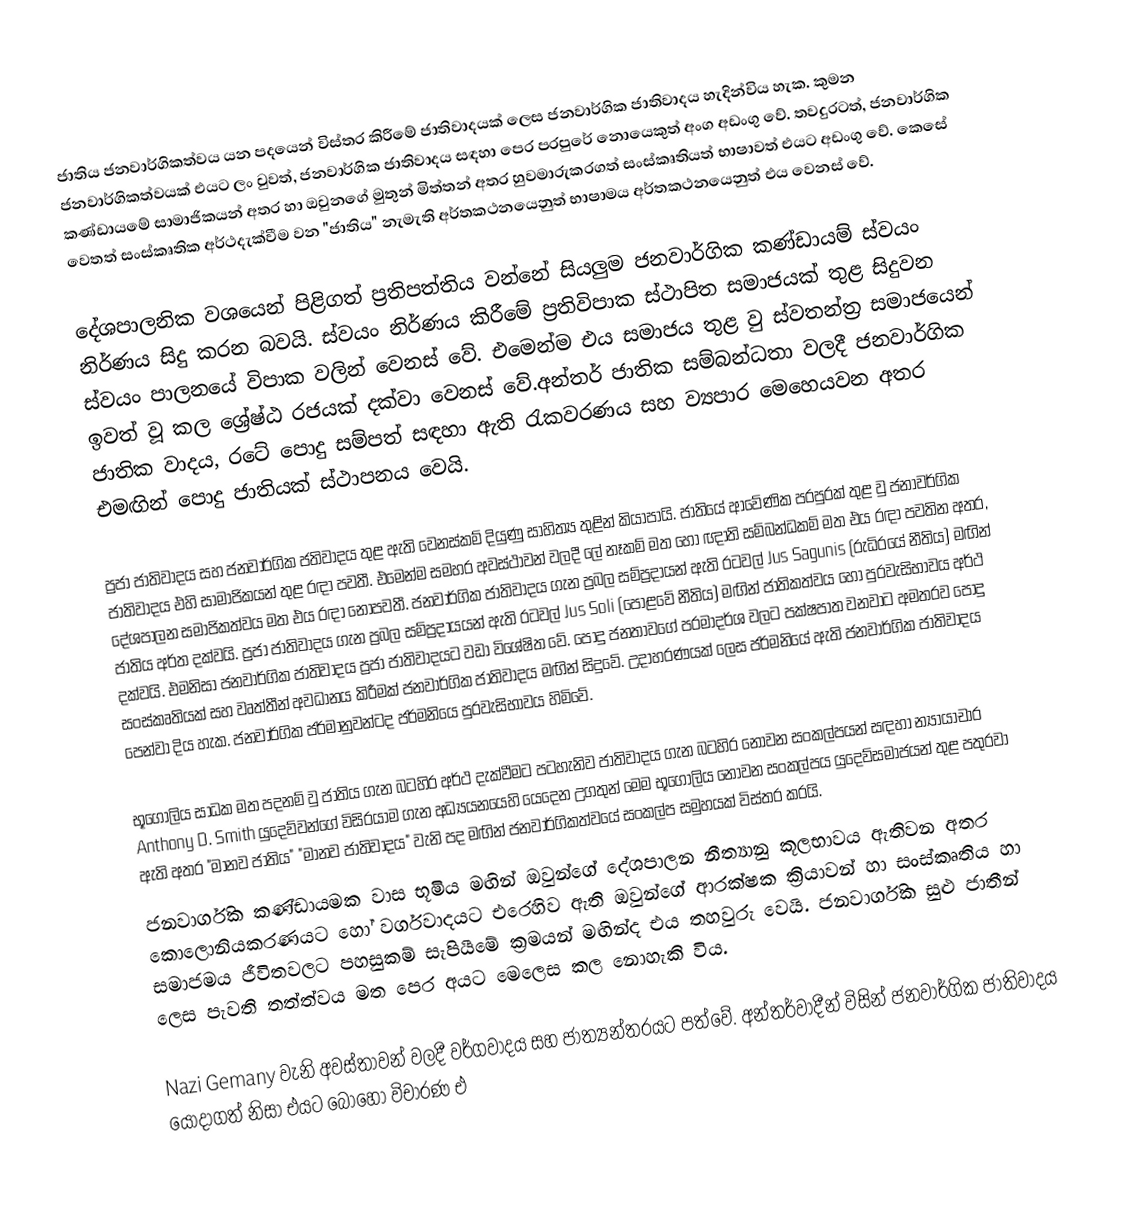
ජාතිය ජනවාර්ගිකත්වය යන පදයෙන් විස්තර කිරීමේ ජාතිවාදයක් ලෙස ජනවාර්ගික ජාතිවාදය හැදින්විය හැක. කුමන ජනවාර්ගිකත්වයක් එයට ලං වුවත්, ජනවාර්ගික ජාතිවාදය සඳහා පෙර පරපුරේ  නොයෙකුත් අංග අඩංගු වේ. තවදුරටත්, ජනවාර්ගික කණ්ඩායමේ සාමාජිකයන් අතර හා ඔවුනගේ මුතුන් මිත්තන් අතර හුවමාරුකරගත් සංස්කෘතියත් භාෂාවත් එයට අඩංගු වේ. කෙසේ වෙතත් සංස්කෘතික අර්ථදැක්වීම වන "ජාතිය" නැමැති අර්තකථනයෙනුත් භාෂාමය අර්තකථනයෙනුත් එය වෙනස් වේ.

දේශපාලනික වශයෙන් පිළිගත් ප්‍රතිපත්තිය වන්නේ සියලුම ජනවාර්ගික කණ්ඩායම් ස්වයං නිර්ණය සිදු කරන බවයි. ස්වයං නිර්ණය කිරීමේ ප්‍රතිවිපාක ස්ථාපිත සමාජයක් තුළ සිදුවන ස්වයං පාලනයේ විපාක වලින් වෙනස් වේ. එමෙන්ම එය සමාජය තුළ වු ස්වතන්ත්‍ර සමාජයෙන් ඉවත් වූ කල ශ්‍රේෂ්ඨ රජයක් දක්වා වෙනස් වේ.අන්තර් ජාතික සම්බන්ධතා වලදී ජනවාර්ගික ජාතික වාදය, රටේ පොදු සම්පත් සඳහා ඇති ‍රැකවරණය සහ ව්‍යපාර මෙහෙයවන අතර එමඟින් පොදු ජාතියක් ස්ථාපනය වෙයි.

ප්‍රජා ජාතිවාදය සහ ජනවාර්ගික ජතිවාදය තුළ ඇති වෙනස්කම් දියුණු සාහිත්‍ය තුළින් කියාපායි. ජාතියේ ආවේණික පරපුරක් තුළ වු ජනාවර්ගික ජාතිවාදය එහි සාමාජිකයන් තුළ රඳා පවතී. එමෙන්ම සමහර අවස්ථාවන් වලදී ලේ නෑකම් මත හෝ ඥාති සම්බන්ධකම් මත එය රඳා පවතින අතර, දේශපාලන සමාජිකත්වය මත එය රඳා නොපවතී. ජනවාර්ගික ජාතිවාදය ගැන ප්‍රබල සම්ප්‍රදායන් ඇති රටවල් Jus Sagunis (රුධිරයේ නීතිය) මඟින් ජාතිය අර්ත දක්වයි. ප්‍රජා ජාතිවාදය ගැන ප්‍රබල සම්ප්‍රදායයන් ඇති රටවල් Jus Soli (පොළවේ නීතිය) මඟින් ජාතිකත්වය හෝ පුරවැසිභාවය අර්ථ දක්වයි. එමනිසා ජනවාර්ගික ජාතිවාදය ප්‍රජා ජාතිවාදයට වඩා විශේෂිත වේ. පොදු ජනතාවගේ පරමාදර්ශ වලට පක්ෂපාත වනවාට අමතරව පොදු සංස්කෘතියක් සහ වෘත්තීන් අවධානය කිරීමක් ජනවාර්ගික ජාතිවාදය මඟින් සිදුවේ. උදාහරණයක් ලෙස ජර්මනියේ ඇති ජනවාර්ගික ජාතිවාදය පෙන්වා දිය හැක. ජනවාර්ගික ජර්මානුවන්ටද ජර්මනියෙ පුරවැසිභාවය හිමිවේ.

භූගෝලිය සාධක මත පදනම් වු ජාතිය ගැන බටහිර අර්ථ දැක්වීමට පටහැනිව ජාතිවාදය ගැන බටහිර නොවන සංකල්පයන් සඳහා න්‍යායාචාර Anthony D. Smith යුදෙව්වන්ගේ විසිරයාම ගැන අධ්‍යයනයෙහි යෙදෙන උගතුන් මෙම භූගෝලිය නොවන සංකල්පය යුදෙව්සමාජයන් තුළ පතුරවා ඇති අතර "මානව ජාතිය" "මානව ජාතිවාදය" වැනි පද මඟින් ජනවාර්ගිකත්වයේ සංකල්ප සමුහයක් විස්තර කරයි.
ජනවාර්ගික කණ්ඩායමක වාස භූමිය මඟින් ඔවුන්ගේ දේශපාලන නීත්‍යානු කූලභාවය ඇතිවන අතර කොලොනියකරණයට හෝ වර්ගවාදයට එරෙහිව ඇති ඔවුන්ගේ ආරක්ෂක ක්‍රියාවන් හා සංස්කෘතිය හා සමාජමය ජීවිතවලට පහසුකම්  සැපියීමේ ක්‍රමයන් මඟින්ද එය තහවුරු වෙයි. ජනවාර්ගික සුළු ජාතීන් ලෙස පැවති තත්ත්වය මත පෙර අයට මෙලෙස කල නොහැකි විය.

Nazi Gemany වැනි අවස්තාවන් වලදී වර්ගවාදය සහ ජාත්‍යන්තරයට පත්වේ. අන්තර්වාදීන් විසින් ජනවාර්ගික ජාතිවාදය යොදාගත් නිසා එයට බොහෝ විචාරණ එ